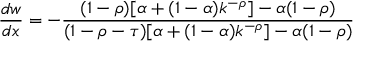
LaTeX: { \frac { d w } { d x } } = - { \frac { ( 1 - \rho ) [ \alpha + ( 1 - \alpha ) k ^ { - \rho } ] - \alpha ( 1 - \rho ) } { ( 1 - \rho - \tau ) [ \alpha + ( 1 - \alpha ) k ^ { - \rho } ] - \alpha ( 1 - \rho ) } }